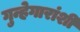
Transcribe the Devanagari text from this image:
गुन्हेगारांशी